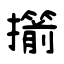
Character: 擶